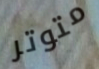
متوتر